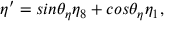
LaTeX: \eta ^ { \prime } = s i n \theta _ { \eta } \eta _ { 8 } + c o s \theta _ { \eta } \eta _ { 1 } ,